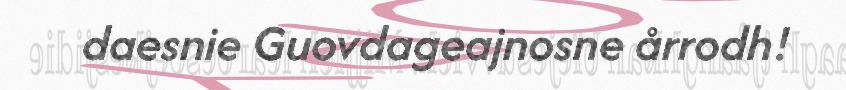
daesnie Guovdageajnosne årrodh!